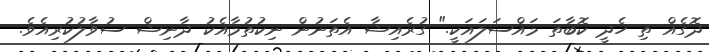
ދޮގެއް ތި ހެދީ ކޮބާތަ މައްސަލައަކީ." ގުރެއިޝާ އެތަނުން ނިކުތުމާއެކު ދާނިޝް ސުވާލުކުރިއެވެ.